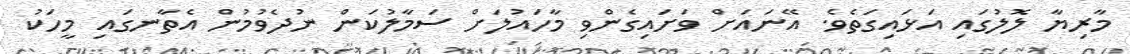
މާރިޔާ ލޮލުގައި އަޅައިގަތެވެ. އޭނައަށް ވަށައިގެންވި މާހައުލަށް ސަމާލުކަން ނުދެވުމުން އެތާނގައި މީހަކު